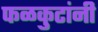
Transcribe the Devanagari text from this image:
फळकुटांनी